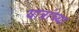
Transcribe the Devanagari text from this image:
यात्रांच्या